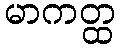
မာကတ္ထ